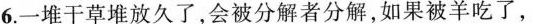
6.一堆干草堆放久了，会被分解者分解，如果被羊吃了，